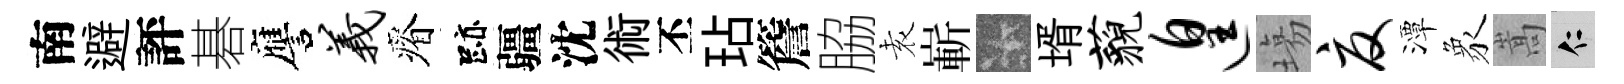
南避評碁譍义瘠跡疆沈術丕玷簷脇𡊮嶄卡壻藐遑塲夏潭象嵩仁